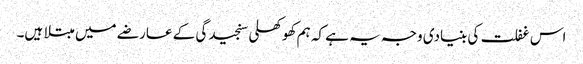
اس غفلت کی بنیادی وجہ یہ ہے کہ ہم کھوکھلی سنجیدگی کے عارضے میں مبتلا ہیں۔